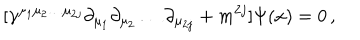
[ \gamma ^ { \mu _ { 1 } \mu _ { 2 } \ldots \mu _ { 2 j } } \partial _ { \mu _ { 1 } } \partial _ { \mu _ { 2 } } \ldots \partial _ { \mu _ { 2 j } } + m ^ { 2 j } ] \Psi ( x ) = 0 \, ,